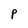
Character: P